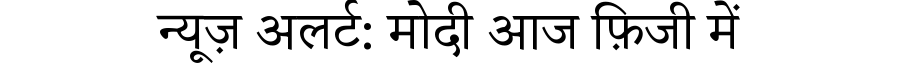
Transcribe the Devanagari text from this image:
न्यूज़ अलर्ट: मोदी आज फ़िजी में